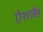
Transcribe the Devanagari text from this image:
ऐशलैंड